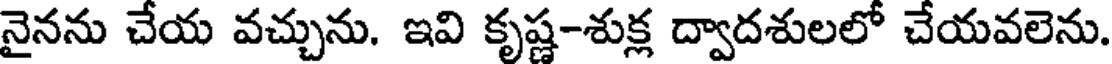
నైనను చేయ వచ్చును. ఇవి కృష్ణ-శుక్ల ద్వాదశులలో చేయవలెను.